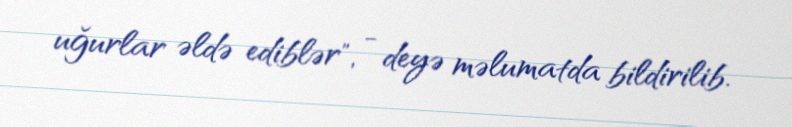
uğurlar əldə ediblər", - deyə məlumatda bildirilib.